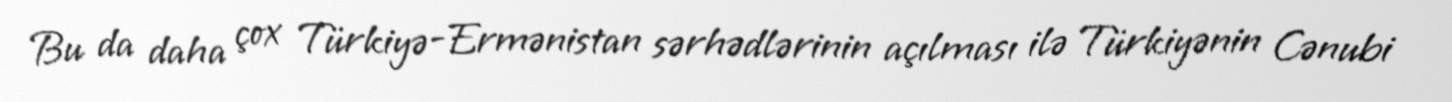
Bu da daha çox Türkiyə-Ermənistan sərhədlərinin açılması ilə Türkiyənin Cənubi